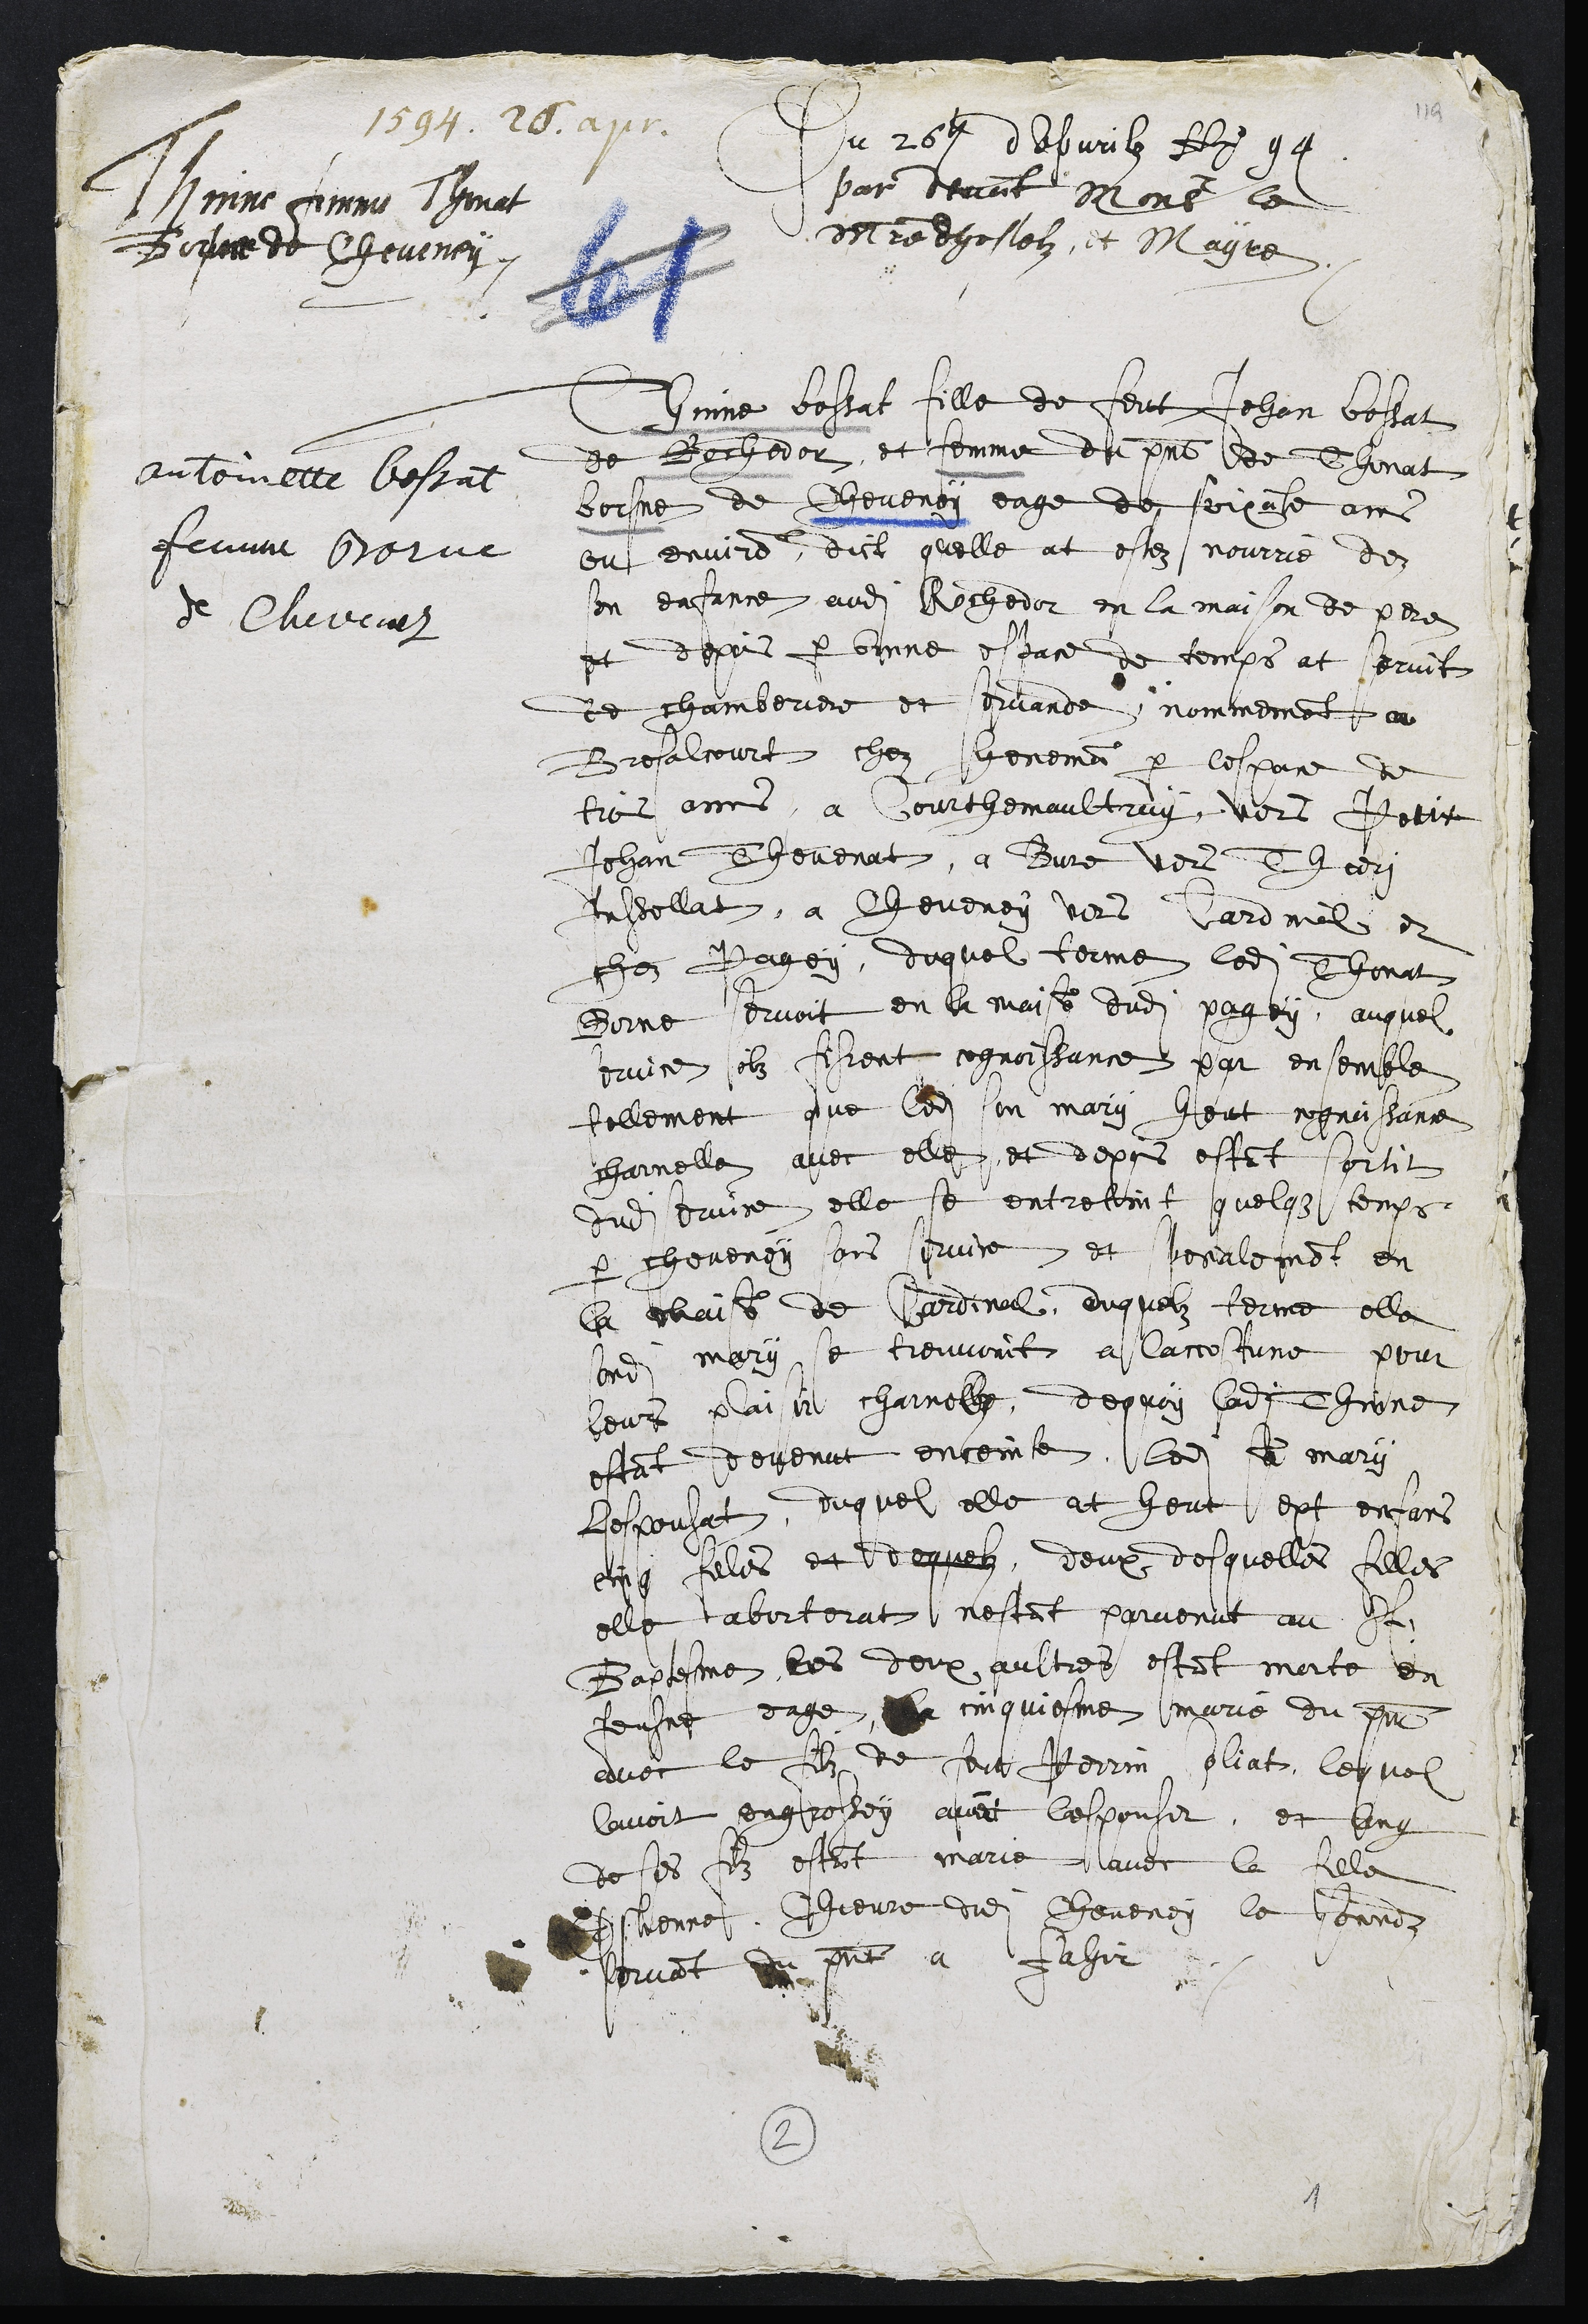
1594. 26 apr.
Antoinette Bossat
femme Borne
de Chevenez
Thinne femme Thinat
Borsne de Cheveney.
Du 26e dapvrilz Ao 94
par devant Monsieur le
Maitre dhostelz, et Mayre
Thinne bossat fille de feut Jehan bossat
de Rochedor, et femme du present de Thinat
borsne de Cheveney eage de soixante ans
ou environ, dict quelle at estez nourrie dez
son enfance audit Rochedor en la maison de pere
et depuis par bonne espace de temps at servit
de chamberiere et servande, nommement au
Bresalcourt chez heneman par lespace de
trois ans, a Courthemaultruy, vers Petit
Jehan Thevenat, a Bure vers Thari
Jussellat, a Cheveney vers Cardinal et
chez Pagey, duquel terme ledit Thonat
Borne servoit en la maison dudit Pagey, auquel
service ilz fisrent cognoissance par ensemble
tellement que ledit son mary heut cognoissance
charnelle avec elle, et depuis estant sortit
dudit service, elle se entretint quelque temps
par cheveney sans service et specialement en
la maison de Cardinal, duquelz terme elle
sondit mary se treuvoint a laccostume pour
leur plaisir charnelle, dequoy ladite Thinne
estant devenut enceinte, ledit son mary
Lespousat, duquel elle at heut sept enfans
cing filles et dequelz , deux desquelles filles
elle aborterat nestant parvenut au St
Baptesme les deux aultres estant morte en
Jeusne eage, la cinquiesme marie du present
avec le filz de feut Perrin Joliat, lequel
lavoit engrossey avant lespouser, et ung
de ses filz estant marie avec la fille
Estienne Chievre dudit Cheveney le secondz
servant du present a Fahir
2
1